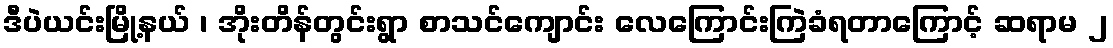
ဒီပဲယင်းမြို့နယ် ၊ အိုးတိန်တွင်းရွာ စာသင်ကျောင်း လေကြောင်းကြဲခံရတာကြောင့် ဆရာမ ၂